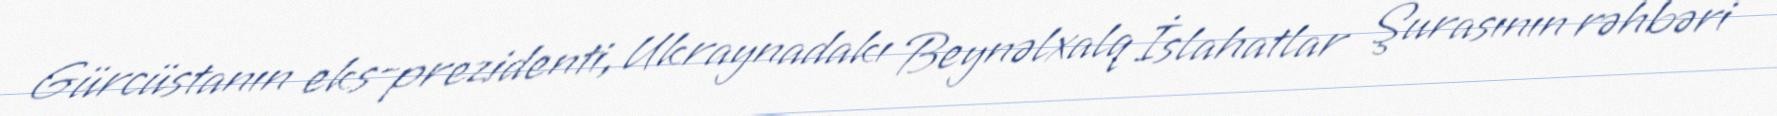
Gürcüstanın eks-prezidenti, Ukraynadakı Beynəlxalq İslahatlar Şurasının rəhbəri